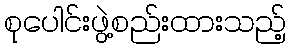
စုပေါင်းဖွဲ့စည်းထားသည့်